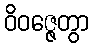
ဝိဝဇ္ဇေတွာ